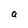
Character: a